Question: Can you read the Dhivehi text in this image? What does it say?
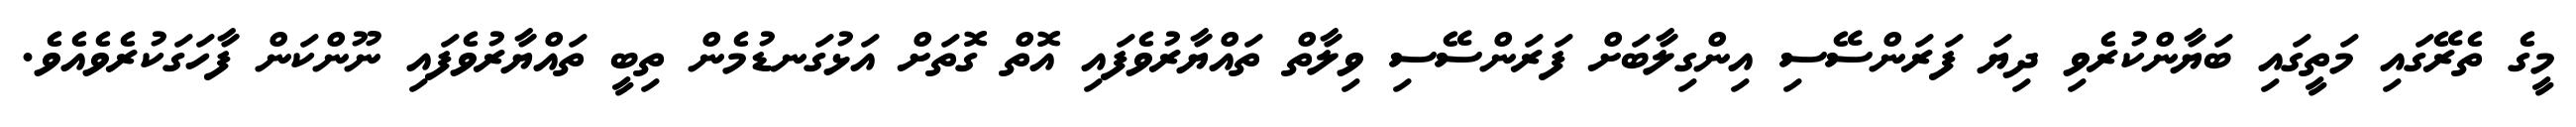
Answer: މީގެ ތެރޭގައި މަތީގައި ބަޔާންކުރެވި ދިޔަ ފަރަންސޭސި އިންގިލާބަށް ފަރަންސޭސި ވިލާތް ތައްޔާރުވެފައި އޮތް ގޮތަށް އަޅުގަނޑުމެން ތިބީ ތައްޔާރުވެފައި ނޫންކަން ފާހަގަކުރެވެއެވެ.